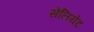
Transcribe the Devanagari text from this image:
सेलियेंट